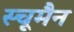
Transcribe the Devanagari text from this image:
स्चूमैन